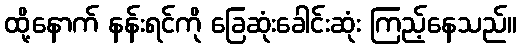
ထို့နောက် နန်းရင်ကို ခြေဆုံးခေါင်းဆုံး ကြည့်နေသည်။